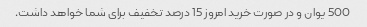
500 یوان و در صورت خرید امروز 15 درصد تخفیف برای شما خواهد داشت.